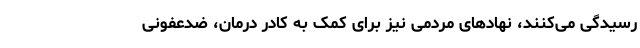
رسیدگی می‌کنند، نهادهای مردمی نیز برای کمک به کادر درمان، ضدعفونی